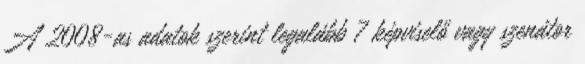
A 2008-as adatok szerint legalább 7 képviselő vagy szenátor